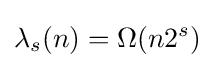
\lambda _{s}(n)=\Omega (n2^{s})